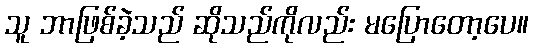
သူ ဘာဖြစ်ခဲ့သည် ဆိုသည်ကိုလည်း မပြောတော့ပေ။